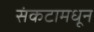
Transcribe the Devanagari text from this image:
संकटामधून